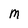
Character: M